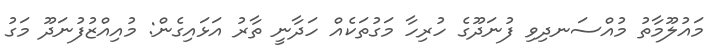
މައުލޫމާތު މުއްސަނދިވި ފުނަދޫގެ ހުރިހާ މަގުތަކެއް ހަދާނީ ތާރު އަޅައިގެން: މުއިއްޒުފުނަދޫ މަގު